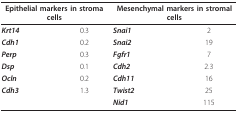
<table><thead><tr><td colspan="2"><b>Epithelial markers in stroma cells</b></td><td colspan="2"><b>Mesenchymal markers in stromal cells</b></td></tr></thead><tbody><tr><td><b><i>Krt14</i></b></td><td>0.3</td><td><b><i>Snai1</i></b></td><td>2</td></tr><tr><td><b><i>Cdh1</i></b></td><td>0.2</td><td><b><i>Snai2</i></b></td><td>19</td></tr><tr><td><b><i>Perp</i></b></td><td>0.3</td><td><b><i>Fgfr1</i></b></td><td>7</td></tr><tr><td><b><i>Dsp</i></b></td><td>0.1</td><td><b><i>Cdh2</i></b></td><td>2.3</td></tr><tr><td><b><i>Ocln</i></b></td><td>0.2</td><td><b><i>Cdh11</i></b></td><td>16</td></tr><tr><td><b><i>Cdh3</i></b></td><td>1.3</td><td><b><i>Twist2</i></b></td><td>25</td></tr><tr><td></td><td></td><td><b><i>Nid1</i></b></td><td>115</td></tr></tbody></table>